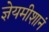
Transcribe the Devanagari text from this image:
ज्ञेयमीशानं